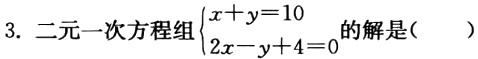
3. 二元一次方程组$\begin{cases}x + y = 10\\2x - y + 4 = 0\end{cases}$的解是( )